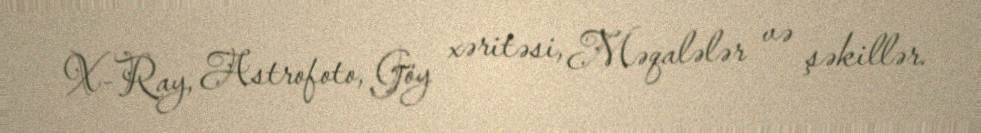
X-Ray, Astrofoto, Göy xəritəsi, Məqalələr və şəkillər.